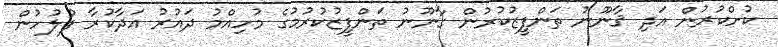
ކުށްކުރުން އަދި ޤާނޫނު ތަންފީޒުކުރުން ގާނޫނު ތަންފީޒުކުރުމުގެ މުހިއްމު ދައުރު އަދާކުރާ ފުލުހުން